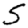
Digit: 5